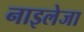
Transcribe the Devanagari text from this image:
नाइलेजा